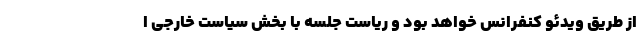
از طریق ویدئو کنفرانس خواهد بود و ریاست جلسه با بخش سیاست خارجی ا